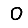
Digit: 0